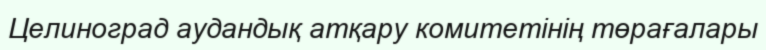
Целиноград аудандық атқару комитетінің төрағалары